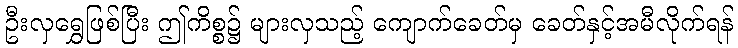
ဦးလှရွှေဖြစ်ပြီး ဤကိစ္စ၌ များလှသည့် ကျောက်ခေတ်မှ ခေတ်နှင့်အမီလိုက်ရန်